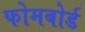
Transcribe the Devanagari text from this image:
फोमबोर्ड